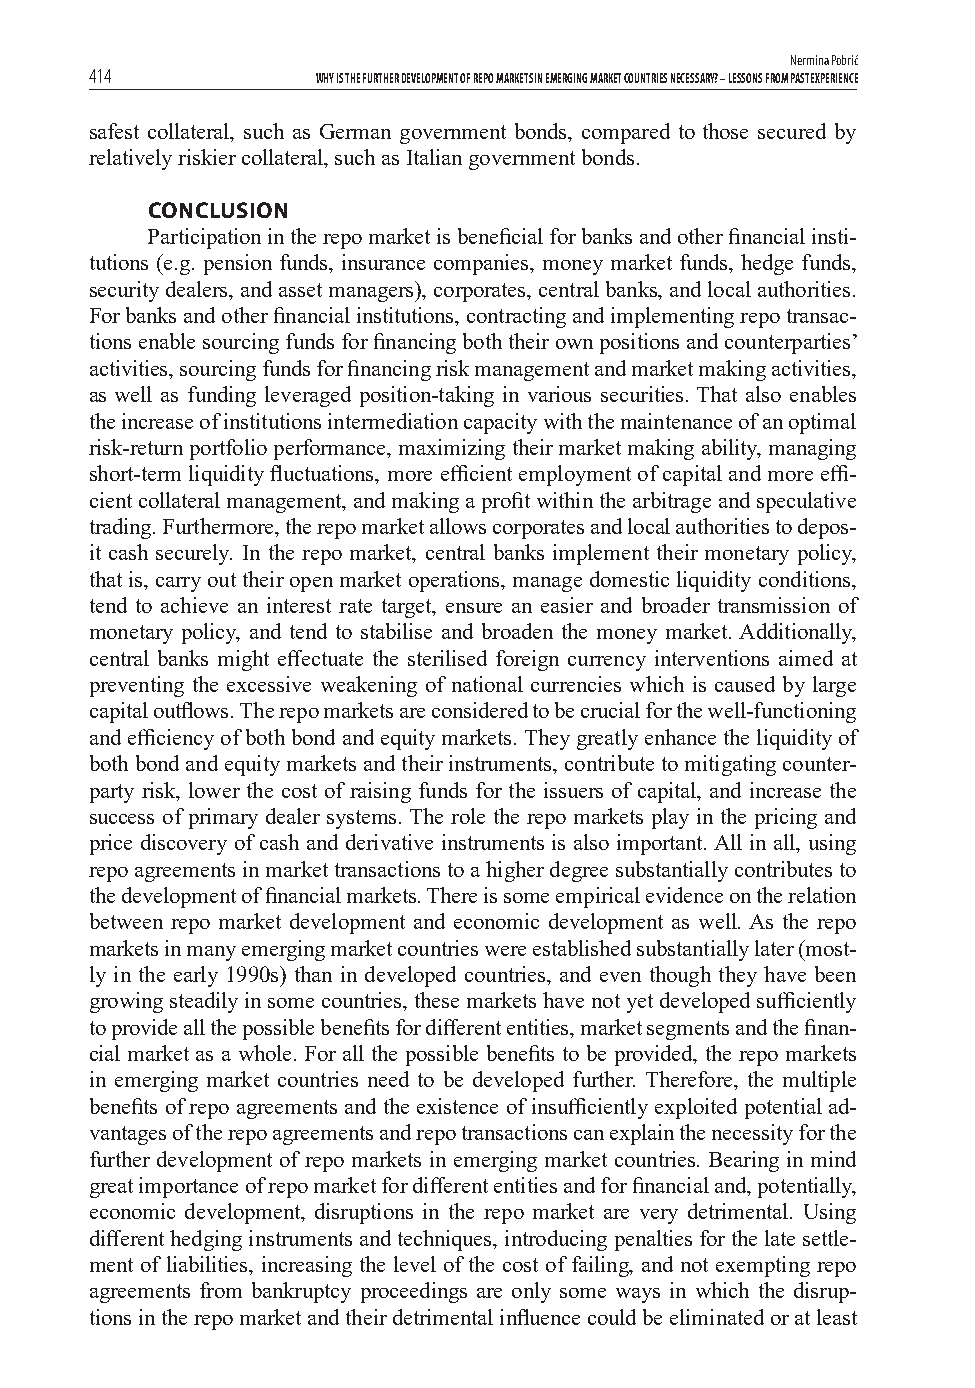
Nermina Pobrić
 414            WHY IS THE FURTHER DEVELOPMENT OF REPO MARKETS IN EMERGING MARKET COUNTRIES NECESSARY? – LESSONS FROM PAST EXPERIENCE
 safest collateral, such as German government bonds, compared to those secured by
 relatively riskier collateral, such as Italian government bonds.
 CONCLUSION
 Participation in the repo market is benefi cial for banks and other fi nancial insti-
 tutions (e.g. pension funds, insurance companies, money market funds, hedge funds,
 security dealers, and asset managers), corporates, central banks, and local authorities.
 For banks and other fi nancial institutions, contracting and implementing repo transac-
 tions enable sourcing funds for fi nancing both their own positions and counterparties’
 activities, sourcing funds for fi nancing risk management and market making activities,
 as well as funding leveraged position-taking in various securities. That also enables
 the increase of institutions intermediation capacity with the maintenance of an optimal
 risk-return portfolio performance, maximizing their market making ability, managing
 short-term liquidity fl uctuations, more effi cient employment of capital and more effi -
 cient collateral management, and making a profi t within the arbitrage and speculative
 trading. Furthermore, the repo market allows corporates and local authorities to depos-
 it cash securely. In the repo market, central banks implement their monetary policy,
 that is, carry out their open market operations, manage domestic liquidity conditions,
 tend to achieve an interest rate target, ensure an easier and broader transmission of
 monetary policy, and tend to stabilise and broaden the money market. Additionally,
 central banks might eff ectuate the sterilised foreign currency interventions aimed at
 preventing the excessive weakening of national currencies which is caused by large
 capital outfl ows. The repo markets are considered to be crucial for the well-functioning
 and effi ciency of both bond and equity markets. They greatly enhance the liquidity of
 both bond and equity markets and their instruments, contribute to mitigating counter-
 party risk, lower the cost of raising funds for the issuers of capital, and increase the
 success of primary dealer systems. The role the repo markets play in the pricing and
 price discovery of cash and derivative instruments is also important. All in all, using
 repo agreements in market transactions to a higher degree substantially contributes to
 the development of fi nancial markets. There is some empirical evidence on the relation
 between repo market development and economic development as well. As the repo
 markets in many emerging market countries were established substantially later (most-
 ly in the early 1990s) than in developed countries, and even though they have been
 growing steadily in some countries, these markets have not yet developed suffi ciently
 to provide all the possible benefi ts for diff erent entities, market segments and the fi nan-
 cial market as a whole. For all the possible benefi ts to be provided, the repo markets
 in emerging market countries need to be developed further. Therefore, the multiple
 benefi ts of repo agreements and the existence of insuffi ciently exploited potential ad-
 vantages of the repo agreements and repo transactions can explain the necessity for the
 further development of repo markets in emerging market countries. Bearing in mind
 great importance of repo market for diff erent entities and for fi nancial and, potentially,
 economic development, disruptions in the repo market are very detrimental. Using
 diff erent hedging instruments and techniques, introducing penalties for the late settle-
 ment of liabilities, increasing the level of the cost of failing, and not exempting repo
 agreements from bankruptcy proceedings are only some ways in which the disrup-
 tions in the repo market and their detrimental infl uence could be eliminated or at least